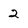
Character: 2